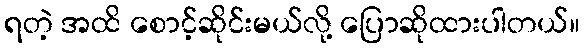
ရတဲ့ အထိ စောင့်ဆိုင်းမယ်လို့ ပြောဆိုထားပါတယ်။